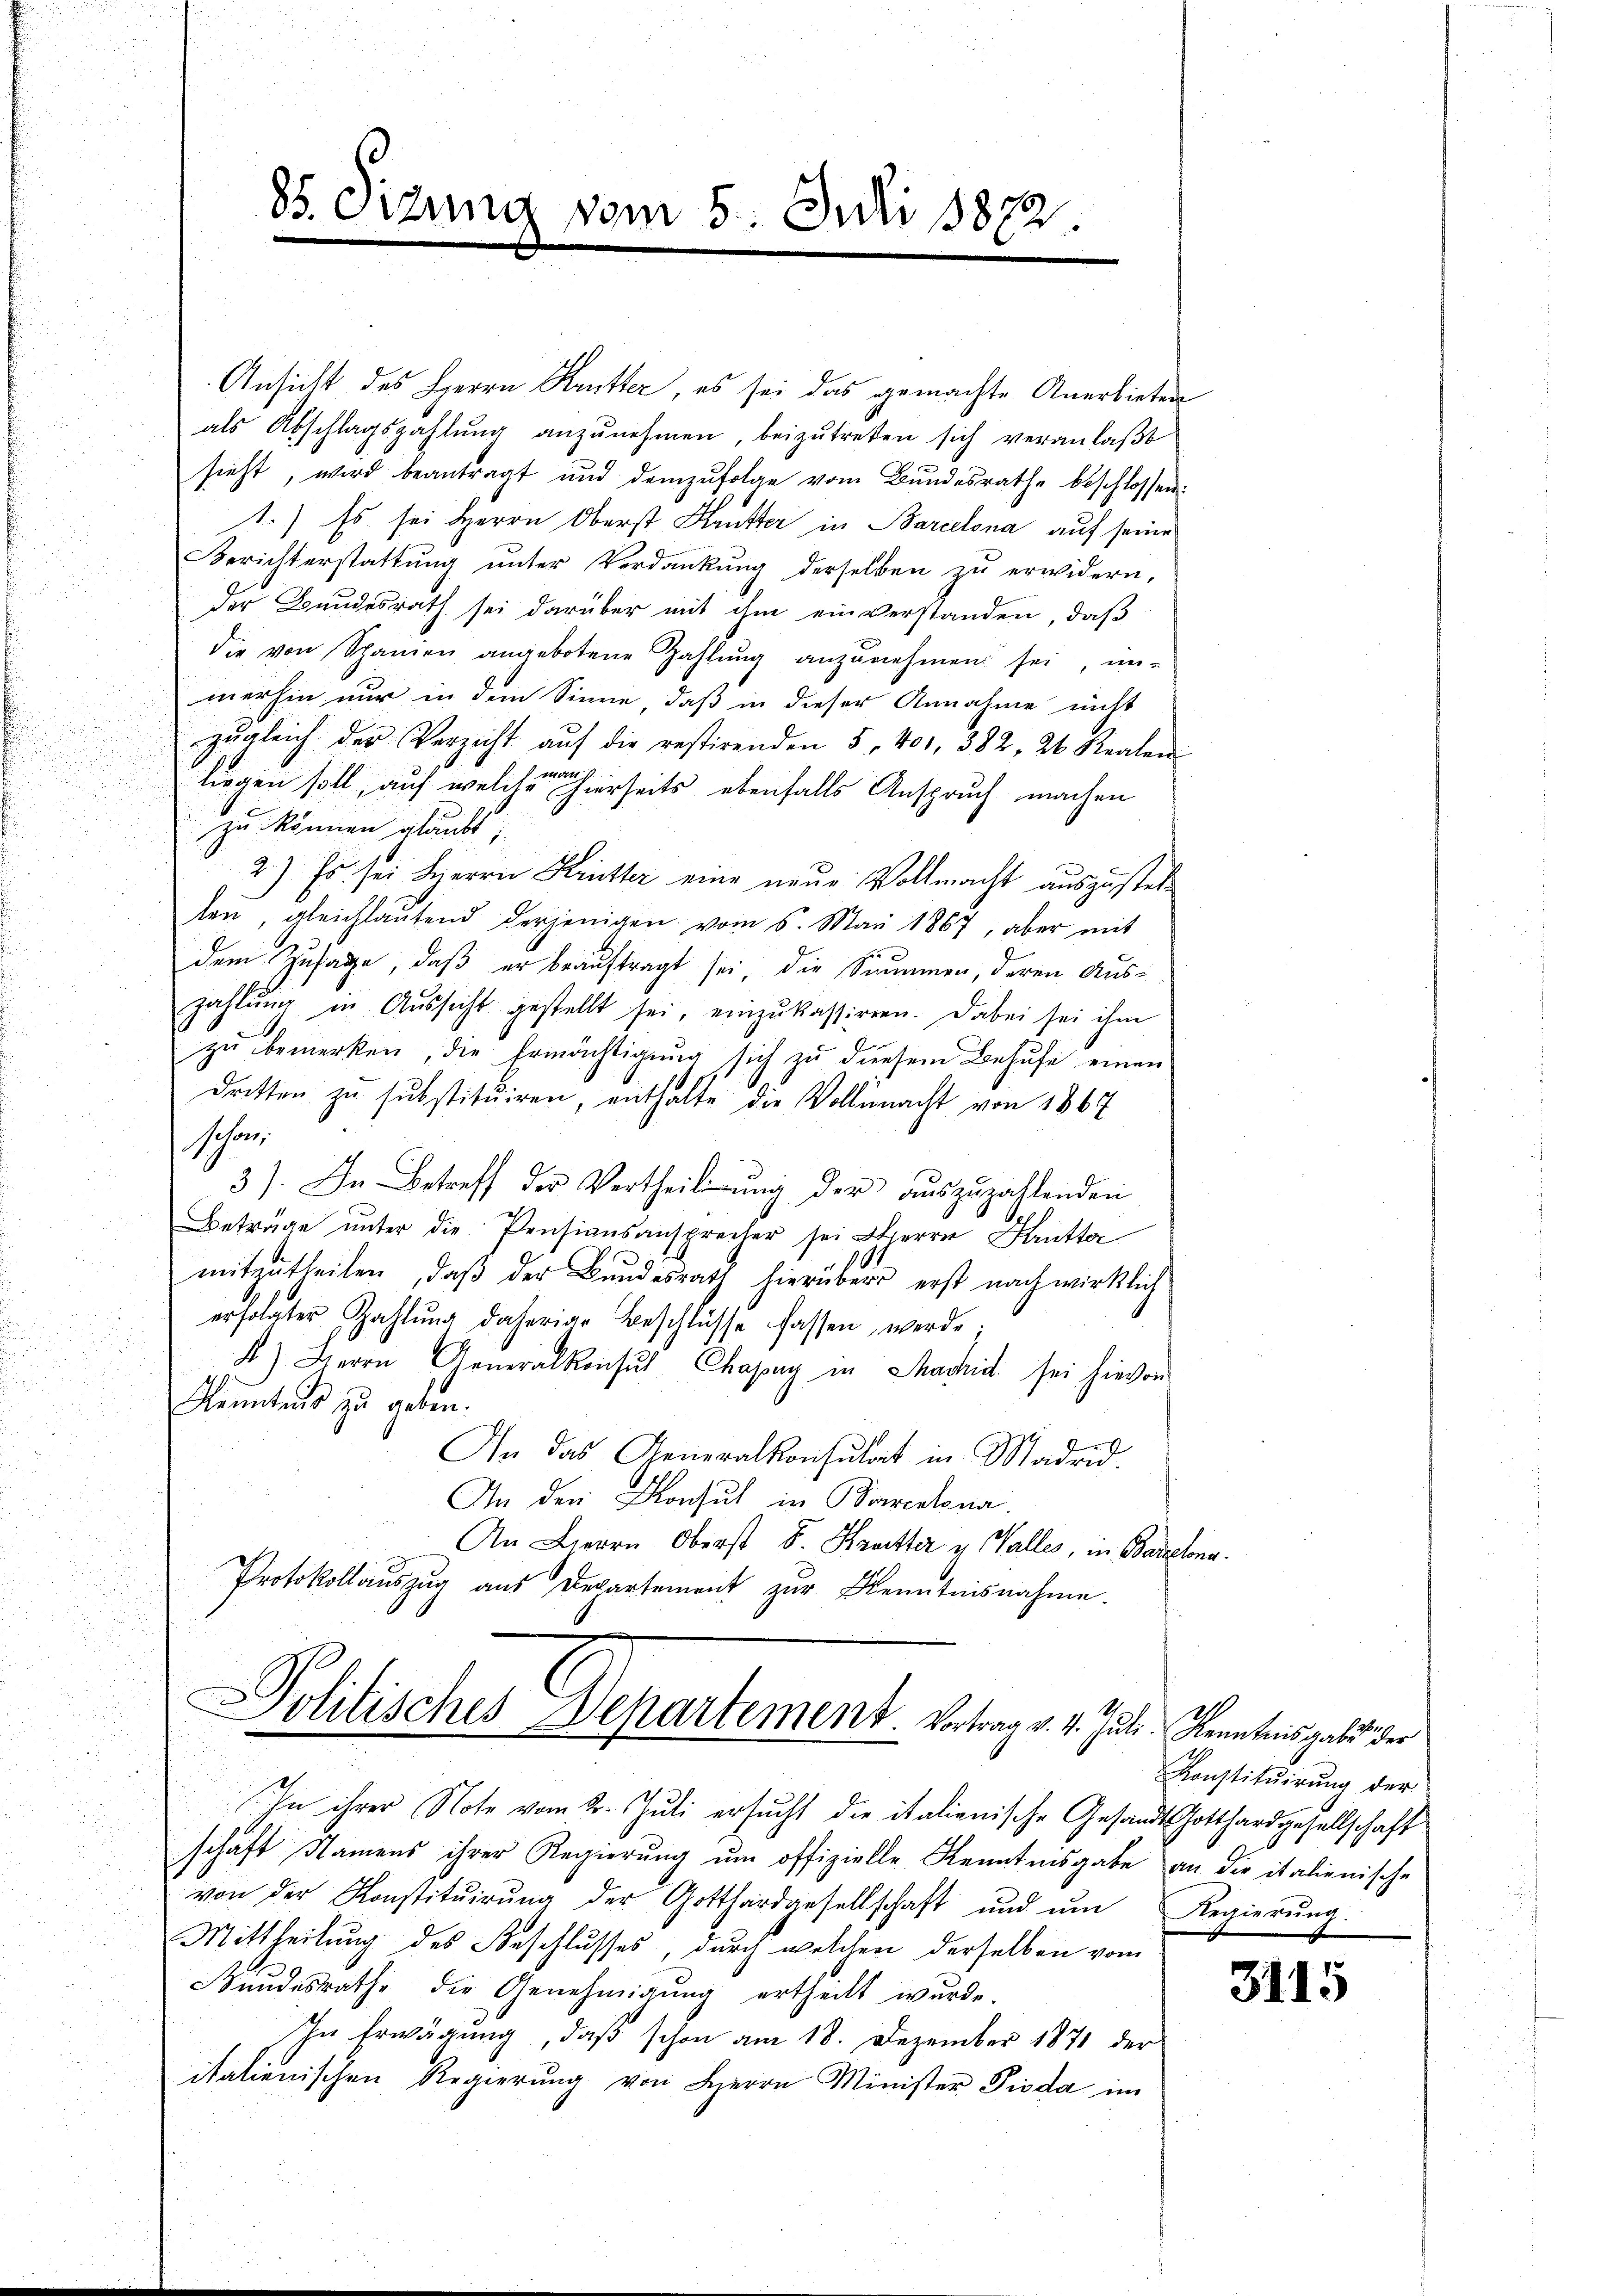
i

u
u

85. Etzung vom 5. Juli 1872.

Ansicht des Herrn Kutter, es sei das gemachte Anerbieten
als Abschlagszahlŭng anzŭnehmen, beizŭtreten sich veranlaβt
sieht, wird beantragt und demzufolge vom Bundesrathe beschlossen:
st. Es sei Herrn Oberst Kruster in Barcelona auf seine
Berichterstattŭng ŭnter Verdankŭng derselben zŭ erwidern,
der Bundesrath sei darüber mit ihm einverstanden, daß
die von Schanien angebotene Zahlŭng anzŭnehmen sei, un-
mmerhin nur in dem Sinne, daß in dieser Annahme nicht
zŭgleich der Verzicht aŭf die restirenden 5 401, 382. 26 Realen
liegen soll, auf welcher hierseits ebenfalls Anspruch machen
zu können glaubt,
2.) Es sei Herrn Krütter eine neue Vollmacht auszustelle
ten, gleichlaŭtend derjenigen vom 6. Mai 1867, aber mit
dem Zusage, daß er beauftragt sei, die Summen, deren Auszahlŭng in Aŭssicht gestellt sei, einzŭkassiren. Dabei sei ihm
zŭ bemerken, die Ermächtigŭng sich zŭ diesem Behufe einen
dritten zu substitŭiren, enthalte die Vollmacht von 1867
schön.
3). In Betreff der Vertheilŭng der auszuzahlenden
Beträge ŭnter die Pensionsansprecher sei Herrn Hautta
mitzŭtheilen, daβ der Bŭndesrath hierüber erst nach wirklich
erfolgter Zahlŭng daherige Beschlüsse fassen werde.
B) Herrn Generalkonsul Chapay in Machid sei hievon
Kenntnis zu geben.
An das Generalkonsulat in Madrid.
An den Konsul in Barentona
An Lierrn Oberst 8. Kruetter v. Walles, in Barcelona.
Protokollauszug aus Departement zur Kenntnisnahme.

.
Politisches Departement. Vortrag v. 4. Juli Kenntnisgabe der
h

In ihrer Note vom 2. Juli ersucht die italienische Gesandt Gotthardgesellschaft
schaft Namens ihrer Regierung um offizielle Kenntnisgabe an die italienische
von der Konstitŭirŭng der Gotthardgesellschaft ŭnd ŭm Regierŭng.
Mittheilung des Beschlusses, durch welchen derselben vom
Bundesrathe die Genehmigung ertheilt wurde.
In Erwägung, daß schon am 18. Dezember 1871 der
italienischen Regierung von Herrn Minister Pioda im

Konstitŭirŭng der

3115